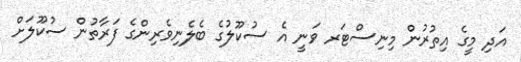
އަދި މީގެ އިތުރުން މިނިސްޓަރ ވަނީ އެ ސުކޫލުގެ ބެލެނިވެރިންގެ ފަރާތުން ސުކޫލަށް